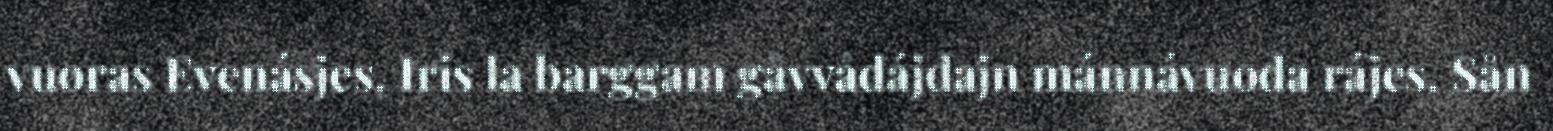
vuoras Evenásjes. Iris la barggam gåvvådájdajn mánnávuoda rájes. Sån